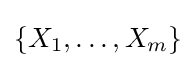
\{X_{1},\ldots ,X_{m}\}